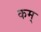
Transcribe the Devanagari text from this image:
कम्‌